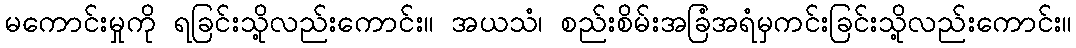
မကောင်းမှုကို ရခြင်းသို့လည်းကောင်း။ အယသံ၊ စည်းစိမ်းအခြံအရံမှကင်းခြင်းသို့လည်းကောင်း။